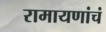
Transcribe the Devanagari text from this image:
रामायणांचं